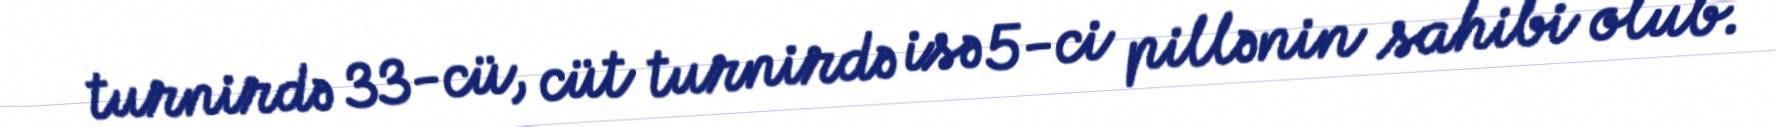
turnirdə 33-cü, cüt turnirdə isə 5-ci pillənin sahibi olub.